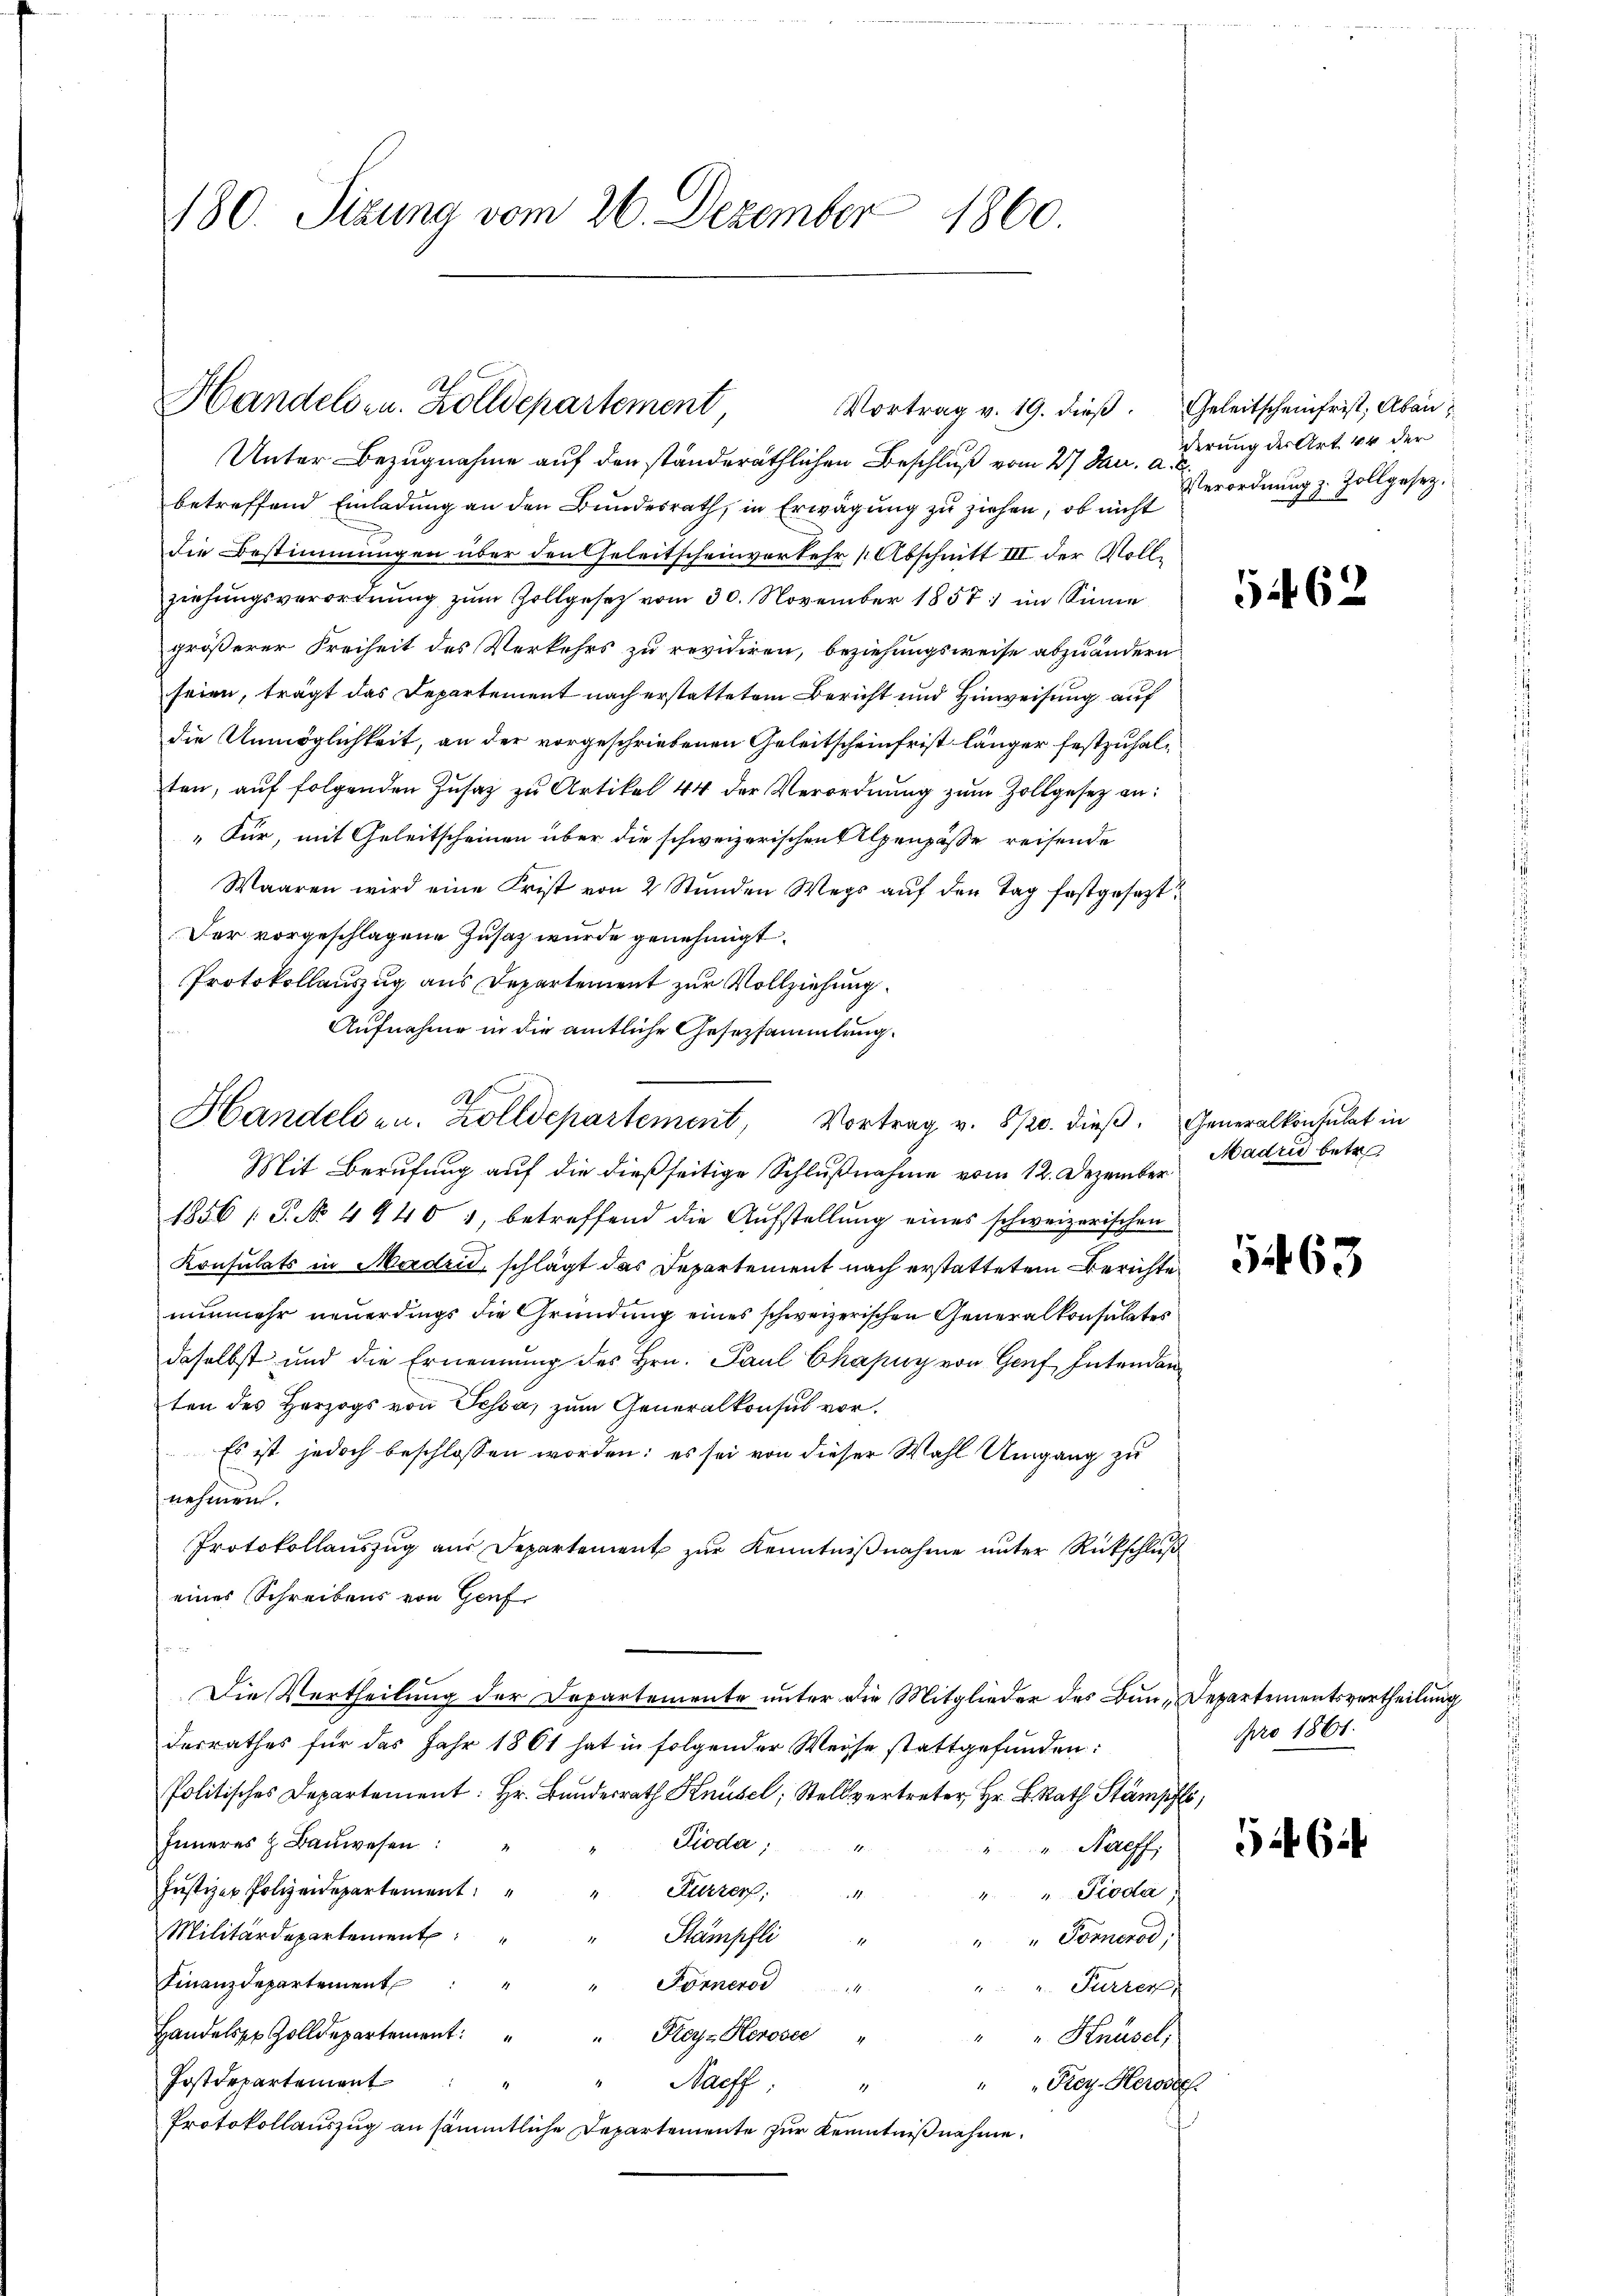
180. Sizung vom 26. Dezember 1800.

Unter Bezugnahme auf den ständeräthlichen Beschluß vom 27. Jan. derung der Art. 44 der
betreffend Einladung an den Bundesrath, in Erwägung zu ziehen, ob nicht
die Bestimmungen über den Geleitscheinverkehr (Abschnitt III der Vollziehungsverordnŭng zŭm Zollgesetz vom 30. November 1857 im Sinne
größerer Freiheit des Verkehrs zu revidiren, beziehungsweise abzuändern
seien, trägt das Departement nach erstattetem Bericht und Hinweisung auf
die Unmöglichkeit, an der vorgeschriebenen Geleitscheinfrist länger festzuhalten, auf folgenden Zusatz zu Artikel 44 der Verordnung zŭm Zollgesetz an:
„Für, mit Geleitscheinen über die schweizerischen Alpenpässe reisende
Waaren wird eine Frist von 2 Stunden Wegs auf den Tag festgesetzt
Der vorgeschlagene Zusatz wurde genehmigt.
Protokollauszug aus Departement zur Vollziehung.
Aufnahme in die amtliche Gesezsammlung.
Mit Berufung auf die dießseitige Schlußnahme vom 12. Dezember
1856 : P. No 49401, betreffend die Aufstellung eines schweizerischen
Konsulats in Madrid, schlägt das Departement nach erstattetem Berichte
nunmehr neuerdings die Gründung eines schweizerischen Generalkonsulates
daselbst und die Ernennung des Hrn. Paul Ckapuy von Genf Intendan
ten des Herzogs von Tessa, zum Generalkonsul vor.
Es ist jedoch beschlossen worden; es sei von dieser Wahl Umgang zu
nehmen.
Protokollauszug aus Departement zur Kenntniβnahme unter Rückschluß
eines Schreibens von Genf
Die Vertheilung der Departemente unter die Mitglieder des Bun-Departementsvertheilung
desrathes für das Jahr 1861 hat in folgender Weise stattgefunden:
Politisches Departement: Hr. Bŭndesrath Knüsel, Stellvertreter Hr. BRat St
Pioda,
Inneres z. Bauwesen:
"Naeff.
Justizer Polizeidepartement
Kürzer.11.
" " Pioda,
Militärdepartement
Stämpfli
"" Pörnerod,
Finanzdepartement
Förneros
" u. Furren,
Handels Zolldepartement:
"Hey-Herosec "
" " Knüsel,
Postdepartement
Nacff
" "Frey-Herodel
1
Protokollauszug an sämmtliche Departemente zur Kenntnißnahme.

S
Handels zu. Zolldepartement
Vortrag v. 19. dieß. Geleitscheinfrist, Aban

1
Handelden. Zolldepartement, Vortrag v. 8/20. dieβ. Generalkonsulat in

Verordnung z. Zollgesetz.

562

Madrid betr

563

Nro 1861.

5 6 1